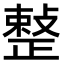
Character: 𢿫